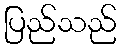
ပြည်သည်